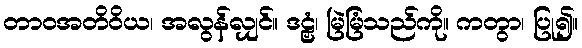
တာဝအတိဝိယ၊ အလွန်လျှင်။ ဒဠှံ၊ မြဲမြံသည်ကို။ ကတွာ၊ ပြု၍။